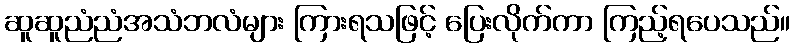
ဆူဆူညံညံအသံဘလံများ ကြားရသဖြင့် ပြေးလိုက်ကာ ကြည့်ရပေသည်။